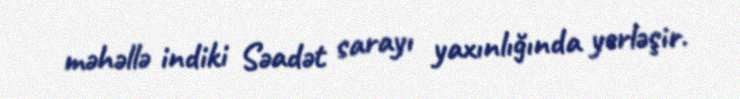
məhəllə indiki Səadət sarayı yaxınlığında yerləşir.